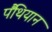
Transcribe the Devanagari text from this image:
पैंथियान